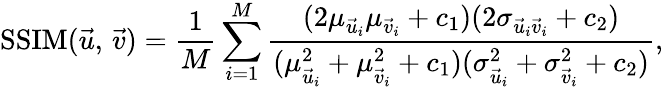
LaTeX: \mathrm{SSIM}(\vec{u},\, \vec{v})=\frac{1}{M}\sum_{i=1}^{M}\frac{(2\mu_{\vec{u}_{i}}\mu_{\vec{v}_{i}}+c_{1})(2\sigma_{\vec{u}_{i}\vec{v}_{i}}+c_{2})}{({\mu_{\vec{u}_{i}}^{2}}+{\mu_{\vec{v}_{i}}^{2}}+c_{1})({\sigma_{\vec{u}_{i}}^{2}}+{\sigma_{\vec{v}_{i}}^{2}}+c_{2})},